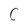
Character: C